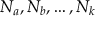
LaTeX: N _ { a } , N _ { b } , \ldots , N _ { k }